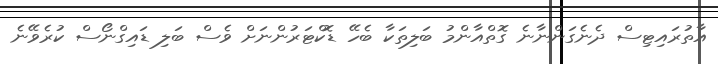
އާތުރައިޓިސް ދެނެގަންނާނެ ގޮތްއާންމު ބަލިތަކާ ބެހޭ ޑޮކްޓަރުންނަށް ވެސް ބަލި ޑައިގްނޯސް ކުރެވޭނެ